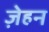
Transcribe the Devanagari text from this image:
ज़ेहन